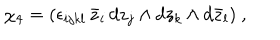
\chi _ { 4 } = ( \epsilon _ { i j k l } \, \bar { z } _ { i } \, d z _ { j } \wedge d z _ { k } \wedge d \bar { z } _ { l } ) \ ,